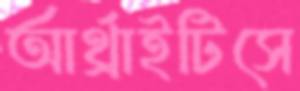
আর্থ্রাইটিসে